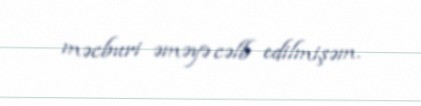
məcburi əməyə cəlb edilmişəm.